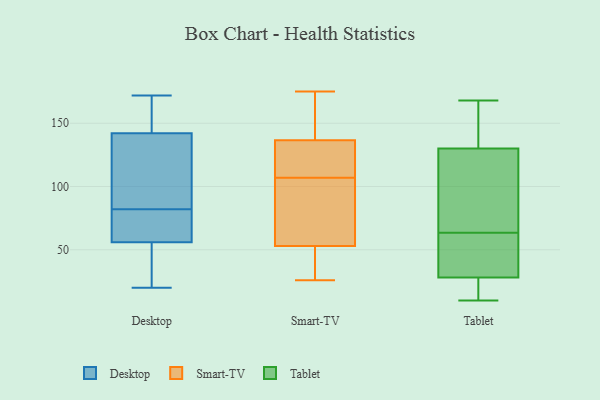
{"axis": {"x": "Population (Million)", "y": "Value"}, "legend": ["Desktop", "Smart-TV", "Tablet"], "data": [{"x": "", "y": 145, "type": "Desktop"}, {"x": "", "y": 56, "type": "Desktop"}, {"x": "", "y": 80, "type": "Desktop"}, {"x": "", "y": 142, "type": "Desktop"}, {"x": "", "y": 138, "type": "Desktop"}, {"x": "", "y": 83, "type": "Desktop"}, {"x": "", "y": 172, "type": "Desktop"}, {"x": "", "y": 28, "type": "Desktop"}, {"x": "", "y": 20, "type": "Desktop"}, {"x": "", "y": 81, "type": "Desktop"}, {"x": "", "y": 121, "type": "Smart-TV"}, {"x": "", "y": 80, "type": "Smart-TV"}, {"x": "", "y": 87, "type": "Smart-TV"}, {"x": "", "y": 152, "type": "Smart-TV"}, {"x": "", "y": 175, "type": "Smart-TV"}, {"x": "", "y": 26, "type": "Smart-TV"}, {"x": "", "y": 108, "type": "Smart-TV"}, {"x": "", "y": 137, "type": "Smart-TV"}, {"x": "", "y": 108, "type": "Smart-TV"}, {"x": "", "y": 112, "type": "Smart-TV"}, {"x": "", "y": 168, "type": "Smart-TV"}, {"x": "", "y": 37, "type": "Smart-TV"}, {"x": "", "y": 31, "type": "Smart-TV"}, {"x": "", "y": 54, "type": "Smart-TV"}, {"x": "", "y": 29, "type": "Smart-TV"}, {"x": "", "y": 158, "type": "Smart-TV"}, {"x": "", "y": 71, "type": "Smart-TV"}, {"x": "", "y": 136, "type": "Smart-TV"}, {"x": "", "y": 52, "type": "Smart-TV"}, {"x": "", "y": 106, "type": "Smart-TV"}, {"x": "", "y": 10, "type": "Tablet"}, {"x": "", "y": 130, "type": "Tablet"}, {"x": "", "y": 58, "type": "Tablet"}, {"x": "", "y": 10, "type": "Tablet"}, {"x": "", "y": 49, "type": "Tablet"}, {"x": "", "y": 144, "type": "Tablet"}, {"x": "", "y": 25, "type": "Tablet"}, {"x": "", "y": 143, "type": "Tablet"}, {"x": "", "y": 77, "type": "Tablet"}, {"x": "", "y": 28, "type": "Tablet"}, {"x": "", "y": 168, "type": "Tablet"}, {"x": "", "y": 69, "type": "Tablet"}, {"x": "", "y": 52, "type": "Tablet"}, {"x": "", "y": 79, "type": "Tablet"}]}